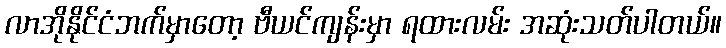
လာအိုနိုင်ငံဘက်မှာတော့ ဗီယင်ကျန်းမှာ ရထားလမ်း အဆုံးသတ်ပါတယ်။